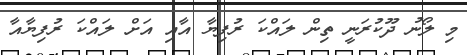
މި ލޯނު ދޫކުރަނީ ތިން ލައްކަ ރުފިޔާ އާއި އަށް ލައްކަ ރުފިޔާއާ